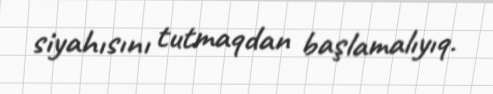
siyahısını tutmaqdan başlamalıyıq.